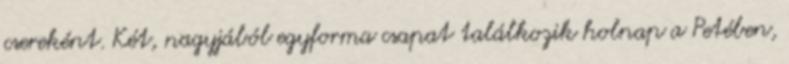
csereként. Két, nagyjából egyforma csapat találkozik holnap a Petében,